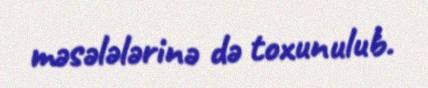
məsələlərinə də toxunulub.